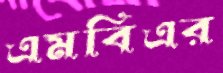
এমবিএর